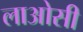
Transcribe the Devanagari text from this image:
लाओसी